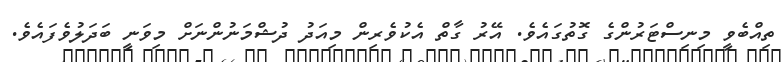
ތިއްބެވީ މިނިސްޓަރުންގެ ގޮތުގައެވެ. އޭރު ގާތް އެކުވެރިން މިއަދު ދުޝްމަނުންނަށް މިވަނީ ބަދަލުވެފައެވެ.